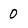
Character: 0